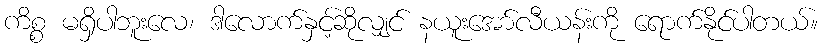
ကိစ္စ မရှိပါဘူးလေ၊ ဒါလောက်နှင့်ဆိုလျှင် နယူးအော်လီယန်းကို ရောက်နိုင်ပါတယ်။